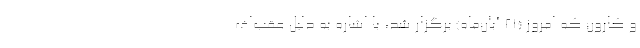
و کارون که امروز (۲۱ آبان‌ماه) برگزار شد، با اشاره به دلیل عقب‌اف